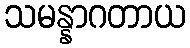
သမန္နာဂတာယ